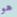
هو